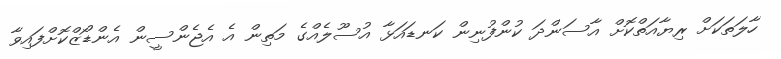
ހާލަތަކަށް ރިޔާއަތްކޮށް އާސަންދަ ކުންފުނިން ކަނޑައަޅާ އުސޫލެއްގެ މަތިން އެ އެޖެންސީން އެންޑޯޒްކޮށްފައިވާ